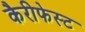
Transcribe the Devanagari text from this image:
कैरीफेस्ट